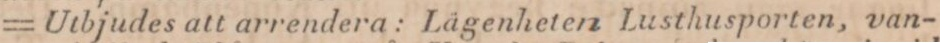
= Utbjudes att arrendera: Lägenheten Lusthusporten, van-